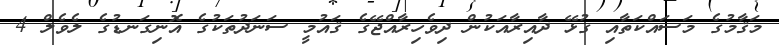
މަޤާމުގެ މަސައްކަތާއި ގުޅޭ ދާއިރާއަކުން ދިވެހިރާއްޖޭގެ ޤައުމީ ސަނަދުތަކުގެ އޮނިގަނޑުގެ ލެވެލް 4